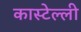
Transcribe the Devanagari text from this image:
कास्टेल्ली